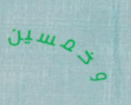
وخمسين